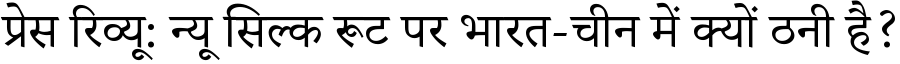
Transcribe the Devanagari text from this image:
प्रेस रिव्यू: न्यू सिल्क रूट पर भारत-चीन में क्यों ठनी है?